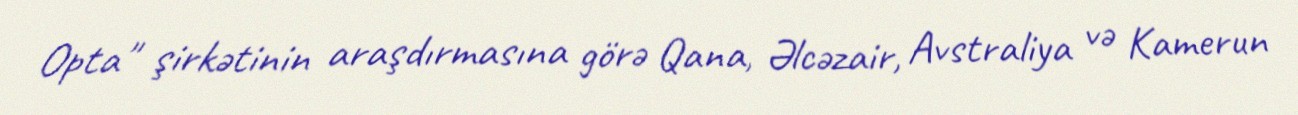
Opta" şirkətinin araşdırmasına görə Qana, Əlcəzair, Avstraliya və Kamerun